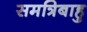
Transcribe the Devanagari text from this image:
समत्रिबाहु